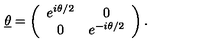
\underline { { \theta } } = \left( \begin{array} { c c } { e ^ { i \theta / 2 } } & { 0 } \\ { 0 } & { e ^ { - i \theta / 2 } } \\ \end{array} \right) .